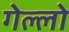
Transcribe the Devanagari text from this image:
गेल्‍लो